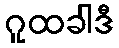
ဂူထခါဒီ